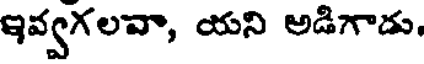
ఇవ్వగలవా, యని అడిగాడు.